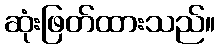
ဆုံးဖြတ်ထားသည်။